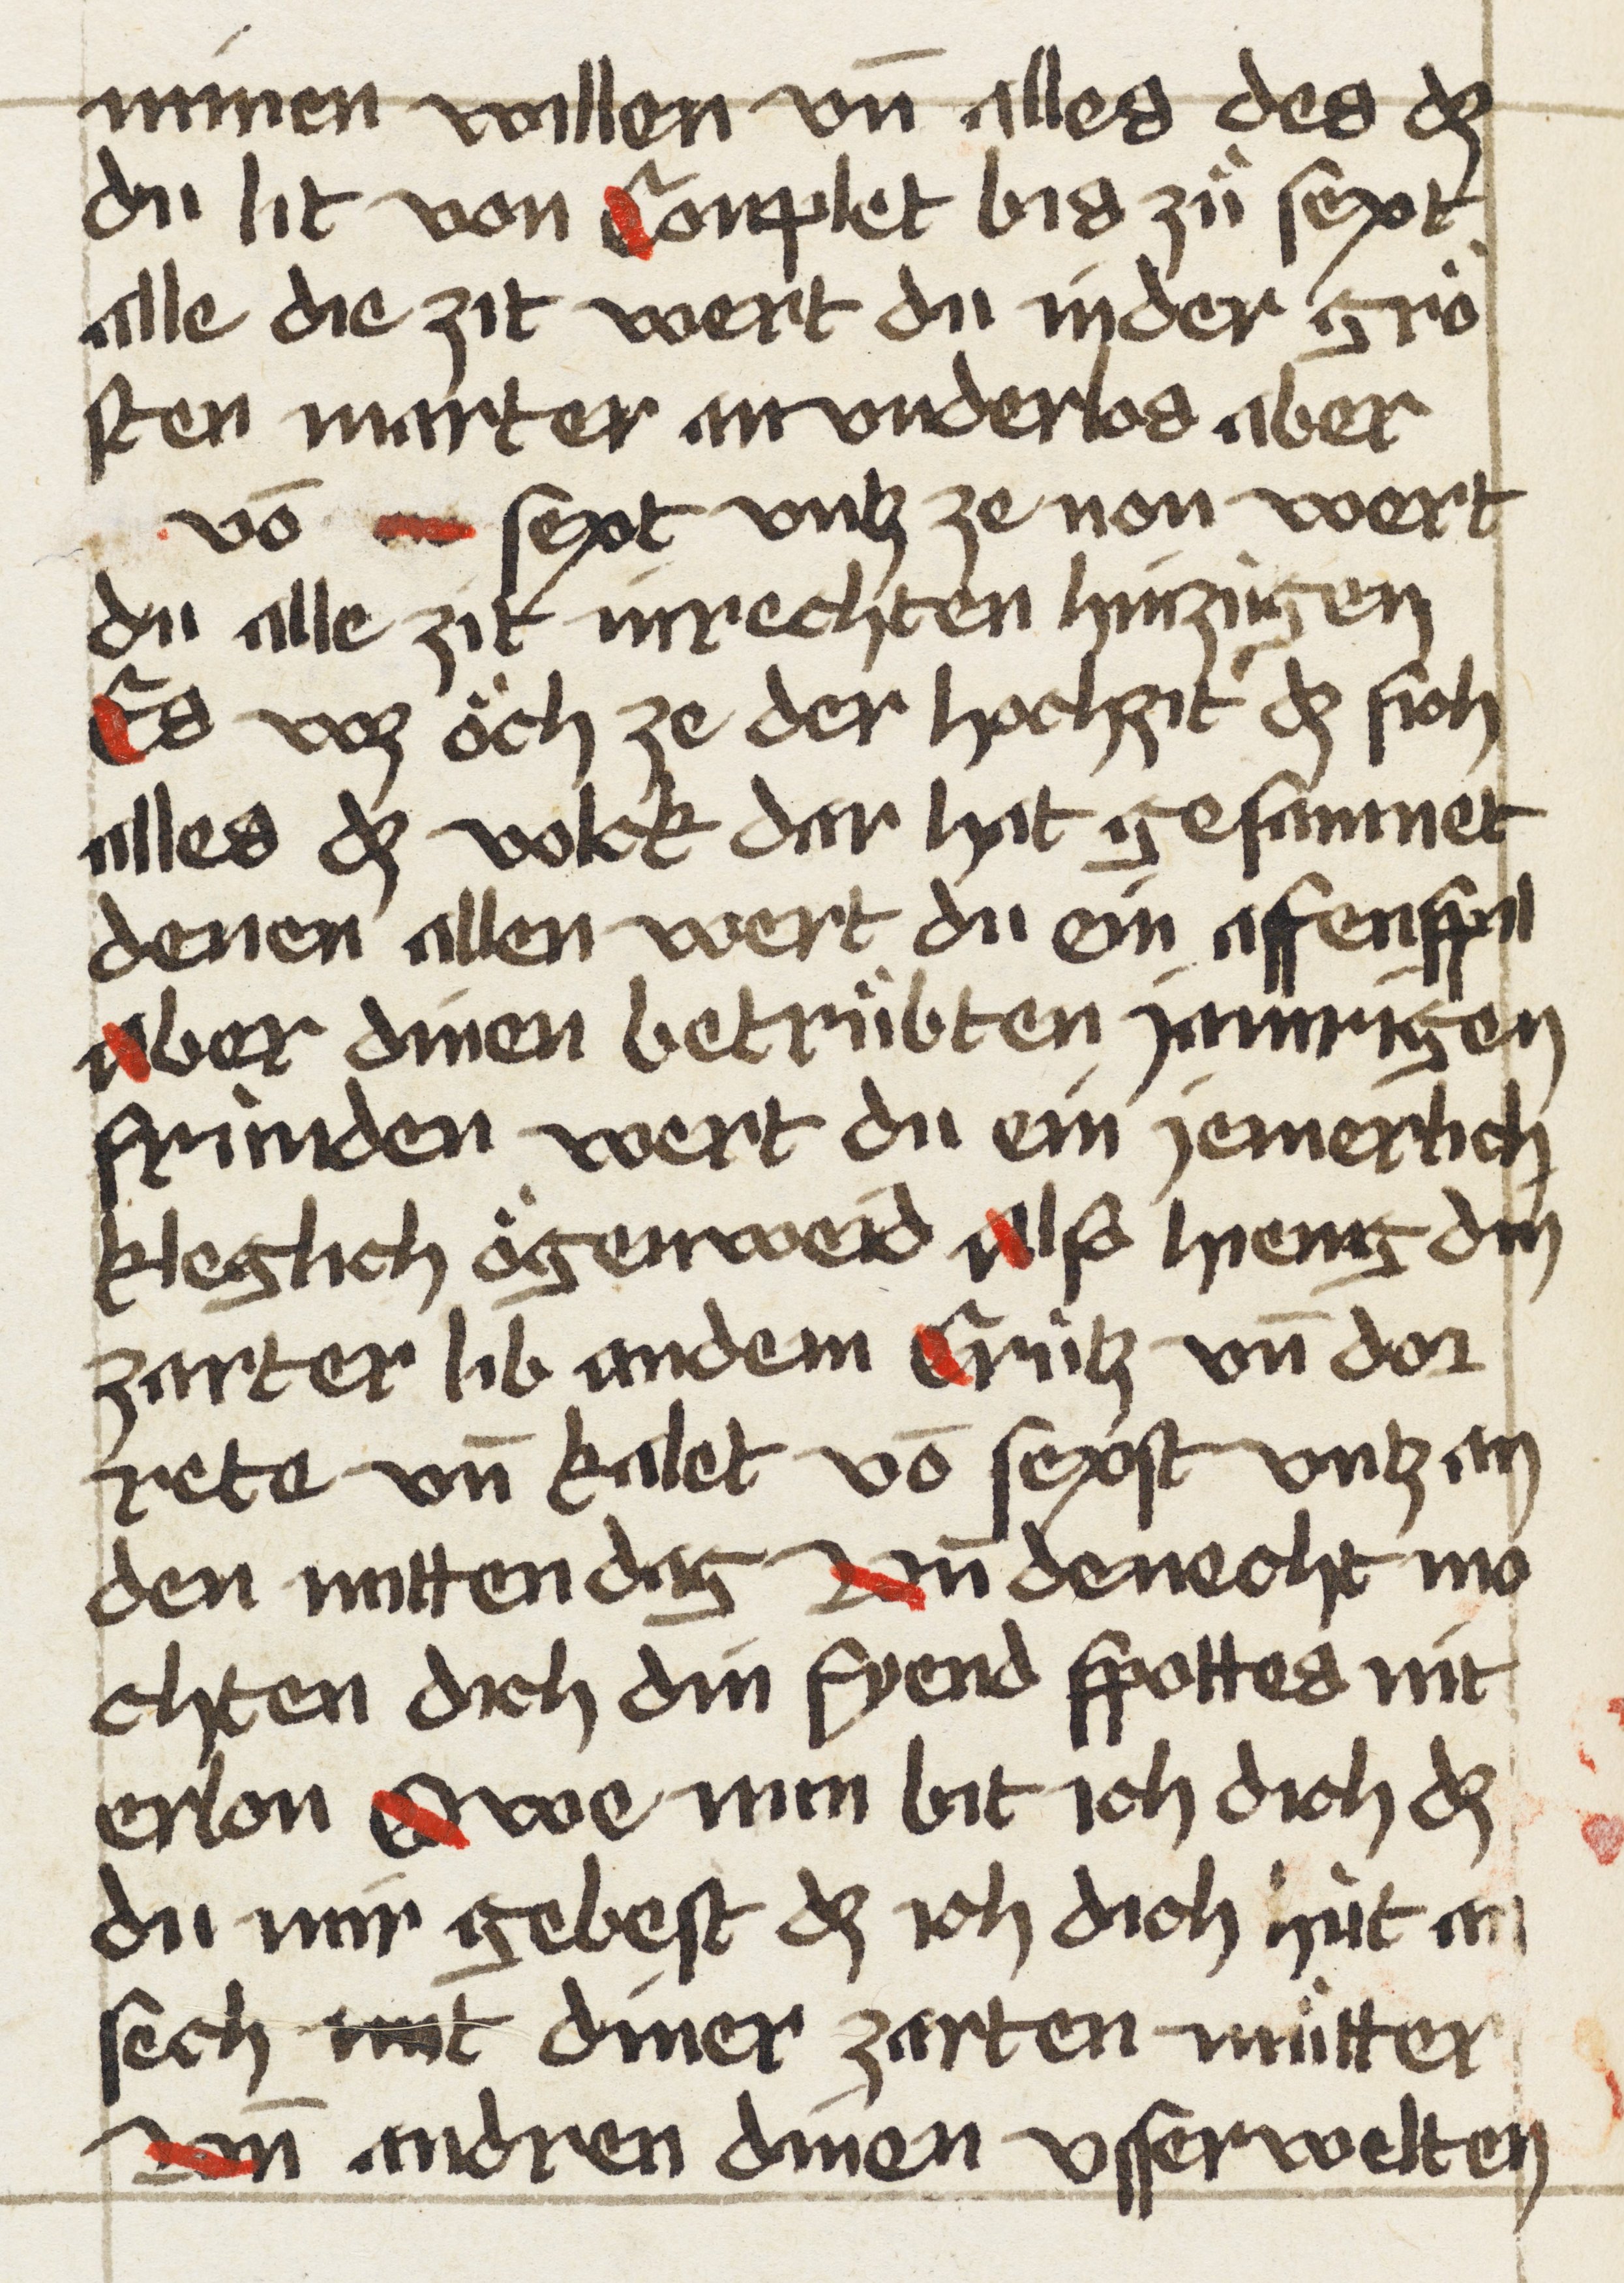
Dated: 1507–1507